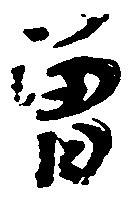
曽